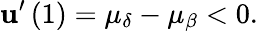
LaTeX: \mathbf{u}^{\prime}\left(1\right)=\mu_{\delta}-\mu_{\beta}<0.